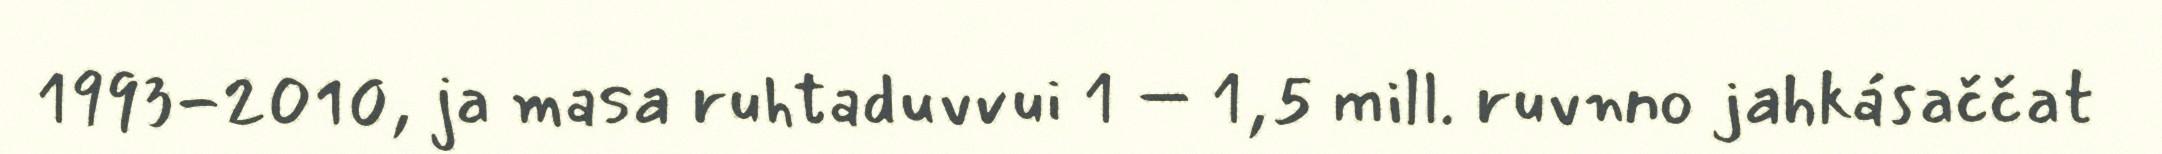
1993-2010, ja masa ruhtaduvvui 1 – 1,5 mill. ruvnno jahkásaččat